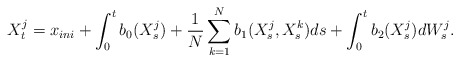
\begin{align*}X^j_t = x_{ini} + \int_0^t b_0(X^j_s) + \frac{1}{N}\sum_{k=1}^N b_1(X^j_s,X^k_s) ds + \int_0^t b_2(X^j_s)dW^j_s.\end{align*}